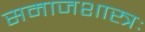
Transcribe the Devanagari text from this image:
समाजशास्त्रः